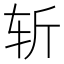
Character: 斩